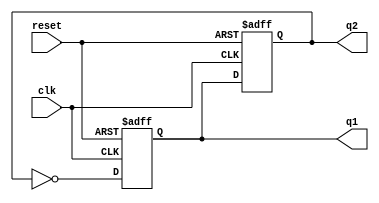
module dual_stage_johnson_counter (
    input wire clk,       // Clock signal
    input wire reset,     // Asynchronous reset signal
    output reg q1,        // Output of the first flip-flop
    output reg q2         // Output of the second flip-flop
);

// Always block for sequential logic
always @(posedge clk or posedge reset) begin
    if (reset) begin
        // Asynchronous reset: set both outputs to 0
        q1 <= 1'b0;
        q2 <= 1'b0;
    end else begin
        // State transitions according to the Johnson counter logic
        q1 <= ~q2; // First flip-flop takes the inverted value of the second flip-flop
        q2 <= q1;  // Second flip-flop takes the value of the first flip-flop
    end
end

endmodule